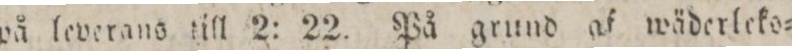
på leverans till 2: 22. På grund af wäderleko=